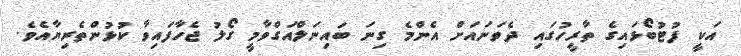
އަކީ ފުޓުބޯޅައިގެ ތާރީހުގައި ދެވަނައަށް އެންމެ ގިނަ ބައިނަލްއަގްވާމީ ގޯލު ޖެހާފައިވާ ކުޅުންތެރިޔާއެވެ.